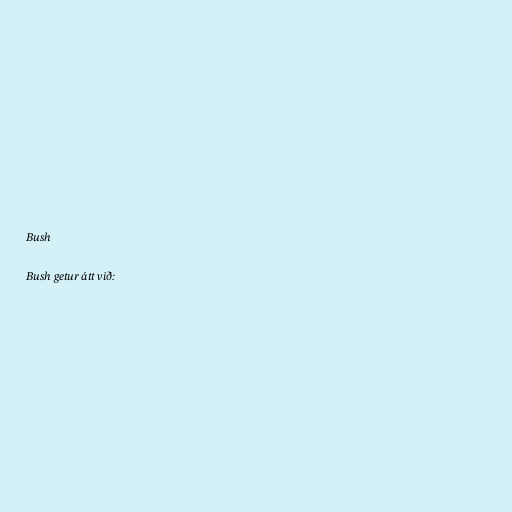
Bush

Bush getur átt við: